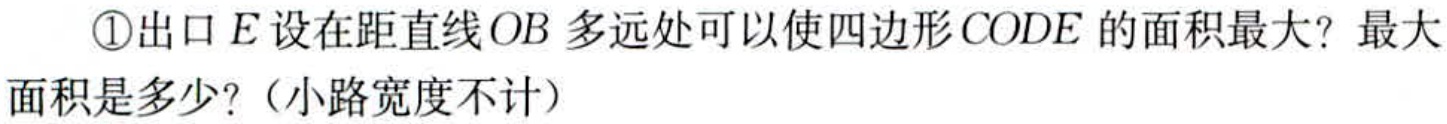
\textcircled{1}出口\(E\)设在距直线\(OB\)多远处可以使四边形\(CODE\)的面积最大？最大

面积是多少？（小路宽度不计）